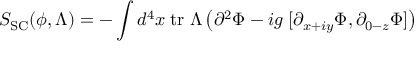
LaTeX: S _ { \mathrm { S C } } ( \phi , \Lambda ) = - \int d ^ { 4 } x \; \mathrm { t r } \; \Lambda \left( \partial ^ { 2 } \Phi - i g \; [ \partial _ { x + i y } \Phi , \partial _ { 0 - z } \Phi ] \right)